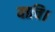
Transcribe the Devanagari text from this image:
याचि।